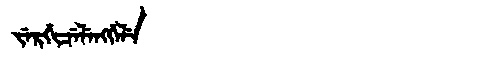
Manchu: ᠵᡝᡵᡤᡳᠴᡝᠯᡝᠩᡤᡝᠯᡝ
Romanization: JERGICELENGGELE